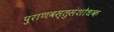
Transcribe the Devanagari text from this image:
पुराणवस्तुसंशोधक